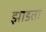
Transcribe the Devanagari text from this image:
झाडता